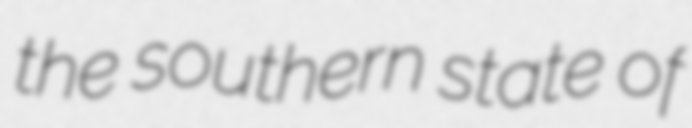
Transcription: the southern state of